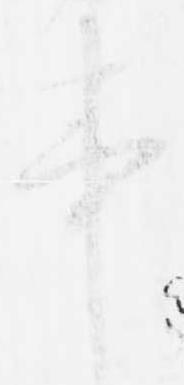
事